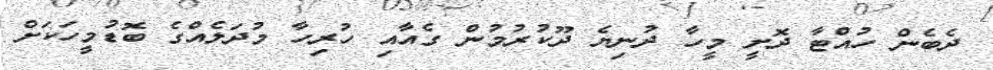
ދެބެން ހުއްޓާ ދޮށީ މީހާ ދުނިޔެ ދޫކުރުމުން ގެއާއި ހުރިހާ މުދަލެއްގެ ބޮޑުމީހަކަށް